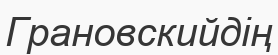
Грановскийдің